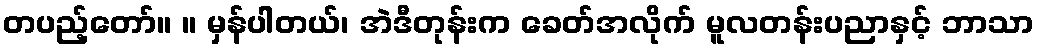
တပည့်တော်။ ။ မှန်ပါတယ်၊ အဲဒီတုန်းက ခေတ်အလိုက် မူလတန်းပညာနှင့် ဘာသာ